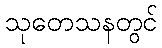
သုတေသနတွင်